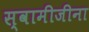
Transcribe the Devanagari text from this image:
स्वामीजीना